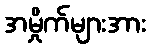
အမှိုက်များအား